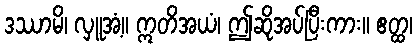
ဒဿာမိ၊ လှူအံ့။ ဣတိအယံ၊ ဤဆိုအပ်ပြီးကား။ ဧတ္ထ၊